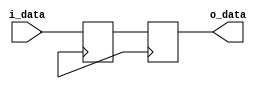
module io_buffer(input wire i_data, output reg o_data);
    reg internal_buffer;

    always @(posedge i_clk) begin
        internal_buffer <= i_data;
        o_data <= internal_buffer;
    end

endmodule